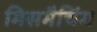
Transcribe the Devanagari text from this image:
मिसमैचिंग